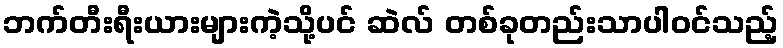
ဘက်တီးရီးယားများကဲ့သို့ပင် ဆဲလ် တစ်ခုတည်းသာပါဝင်သည့်